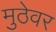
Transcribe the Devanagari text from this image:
मुठेवर